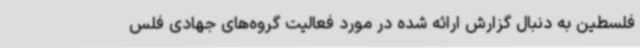
فلسطین به دنبال گزارش ارائه شده در مورد فعالیت گروه‌های جهادی فلس